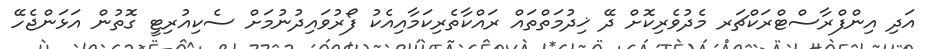
އަދި އިންފްރާސްޓްރަކްޗަރ މެދުވެރިކޮށް ދޭ ޚިދުމަތްތައް ރައްކާތެރިކަމާއިއެކު ފޯރުވައިދުނުމަށް ސެކިއުރިޓީ ގޮތުން އަޅަންޖެހޭ